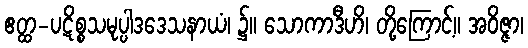
ဧတ္ထ-ပဋိစ္စသမုပ္ပါဒဒေသနာယံ၊ ၌။ သောကာဒီဟိ၊ တို့ကြောင့်။ အဝိဇ္ဇာ၊